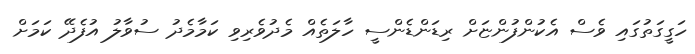
ހަގީގަތުގައި ވެސް އެކުންފުންޏަށް ރިޑަންޑެންސީ ހާލަތެއް މެދުވެރިވި ކަމާމެދު ސުވާލު އުފެދޭ ކަމަށް